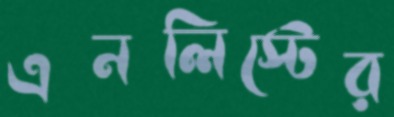
এনলিস্টের